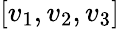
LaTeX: [v_{1},v_{2},v_{3}]